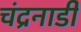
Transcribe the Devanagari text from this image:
चंद्रनाडी